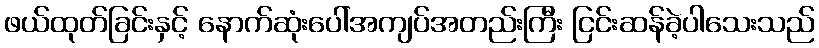
ဖယ်ထုတ်ခြင်းနှင့် နောက်ဆုံးပေါ်အကျပ်အတည်းကြီး ငြင်းဆန်ခဲ့ပါသေးသည်